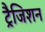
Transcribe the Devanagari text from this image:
ट्रैजिशन